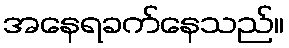
အနေရခက်နေသည်။